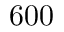
6 0 0